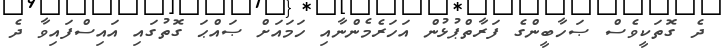
ދެ ގޮތަކީވެސް ޞަހާބީންގެ ފަރާތްޕުޅުން އަހަރެމެންނާއި ހަމައަށް ޞައްޙަ ގޮތުގައި އައިސްފައިވާ ދެ